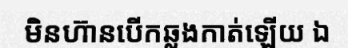
មិនហ៊ានបើកឆ្លងកាត់ឡើយ ឯ